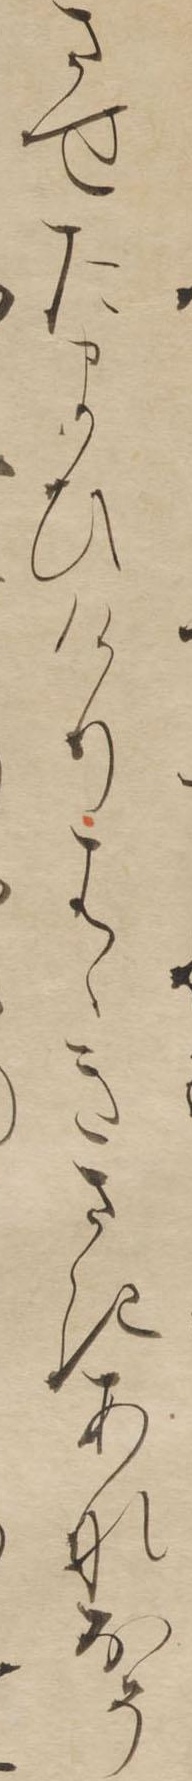
させたまひけりはゝきさきあなおそ